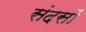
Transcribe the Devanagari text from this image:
संदसों